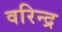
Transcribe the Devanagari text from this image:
वरिन्द्र